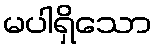
မပါရှိသော